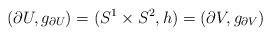
LaTeX: \begin{align*}(\partial U, g_{\partial U}) = (S^1\times S^2, h) = (\partial V, g_{\partial V})\end{align*}